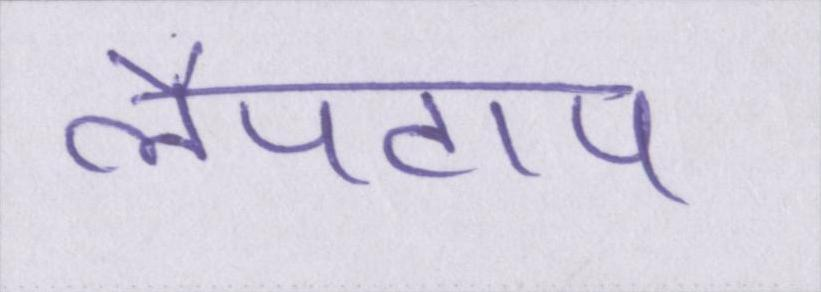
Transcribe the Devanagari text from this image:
लैपटाप